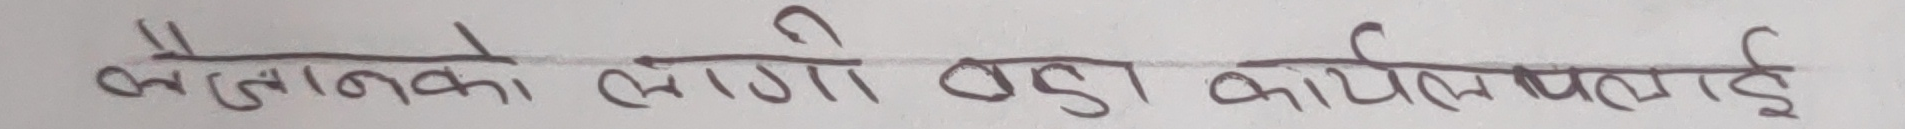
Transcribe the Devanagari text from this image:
लिलामको लागि बडा कार्यलयलाई